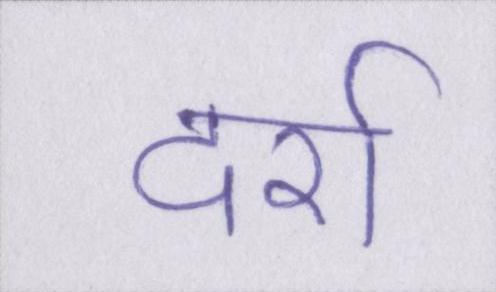
दर्रा